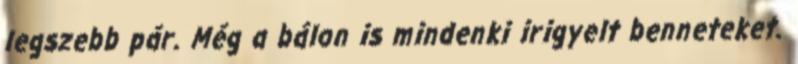
legszebb pár. Még a bálon is mindenki irigyelt benneteket.